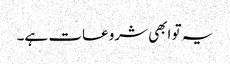
یہ تو ابھی شروعات ہے۔